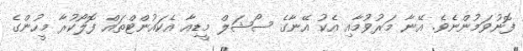
ފޮނުވަމުންނެވެ. އޭނާ މަރުވުމާއި އެކު އޭނާގެ ސޯޝަލް މީޑިއާ އެކައުންޓްތައް ފޮލޯކުރާ މީހުންގެ